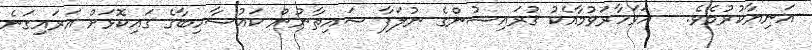
އަނިޔާކުރުމެވެ.   އަވަހާރަވުމާއެކު ޤުރައިޝުންގެ ނުލަފާ ޝައިޠާނުން ކައުސާހިބާގެ ގައިކޮޅަށް އަރައިގަނެ